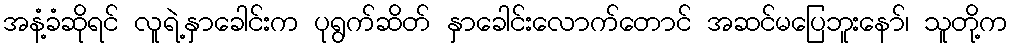
အနံ့ခံဆိုရင် လူရဲ့နှာခေါင်းက ပုရွက်ဆိတ် နှာခေါင်းလောက်တောင် အဆင်မပြေဘူးနော်၊ သူတို့က